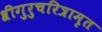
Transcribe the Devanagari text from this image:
श्रीगुरुचरित्रामृत